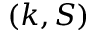
( k , S )